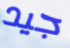
جيد